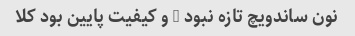
نون ساندویچ تازه نبود … و کیفیت پایین بود کلا